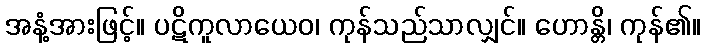
အနံ့အားဖြင့်။ ပဋိကူလာယေဝ၊ ကုန်သည်သာလျှင်။ ဟောန္တိ၊ ကုန်၏။